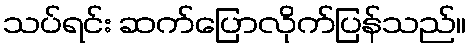
သပ်ရင်း ဆက်ပြောလိုက်ပြန်သည်။